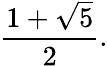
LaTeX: {\frac{1+{\sqrt{5}}}{2}}.